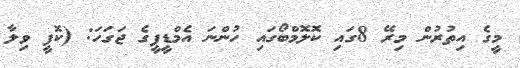
މީގެ އިތުރުން މިރޭ 8ގައި ކޮލޮމްބޯގައި ހުންނަ އެމްޑީޕީގެ ޖަގަހަ: (ކޮފީ ވިލާ